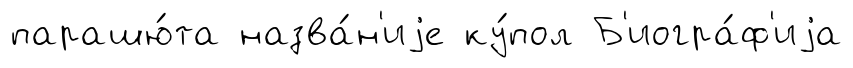
парашю́та назва́н'иjе ку́пол Б'иогра́ф'иjа